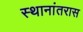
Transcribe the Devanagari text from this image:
स्थानांतरास